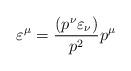
LaTeX: \begin{align*}\varepsilon^{\mu} = \frac{(p^{\nu}\varepsilon_{\nu})}{p^2}p^{\mu}\end{align*}